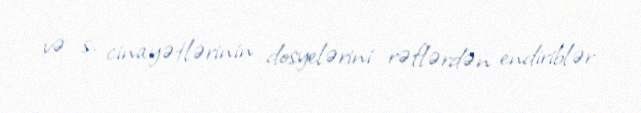
və s. cinayətlərinin dosyelərini rəflərdən endiriblər.